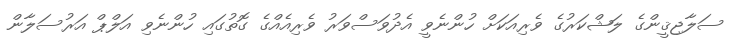
ސަލާޖިޤީންގެ ލަޝްކަރުގެ ވެރިއަކަށް ހުންނެވީ އެދުވަސްވަރު ވެރިއެއްގެ ގޮތުގައި ހުންނެވި އަލްޕް އަރުސަލާން